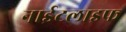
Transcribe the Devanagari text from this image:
नाईटलाइफ